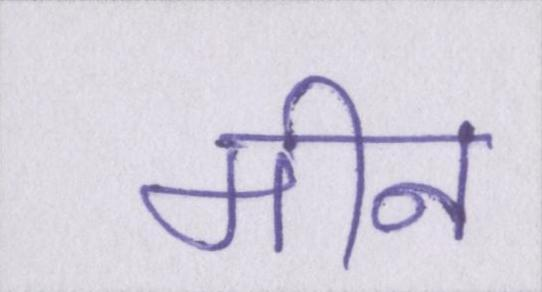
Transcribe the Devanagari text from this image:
मीन